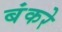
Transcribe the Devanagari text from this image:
बंकरे